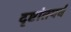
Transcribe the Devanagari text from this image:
दृष्टांतपर्व